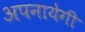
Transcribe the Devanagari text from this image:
अपनायेगी